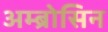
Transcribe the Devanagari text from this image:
अम्ब्रोसिन